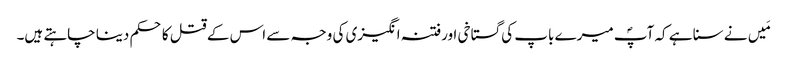
مَیں نے سنا ہے کہ آپؐ میرے باپ کی گستاخی اورفتنہ انگیزی کی وجہ سے اس کے قتل کا حکم دینا چاہتے ہیں۔